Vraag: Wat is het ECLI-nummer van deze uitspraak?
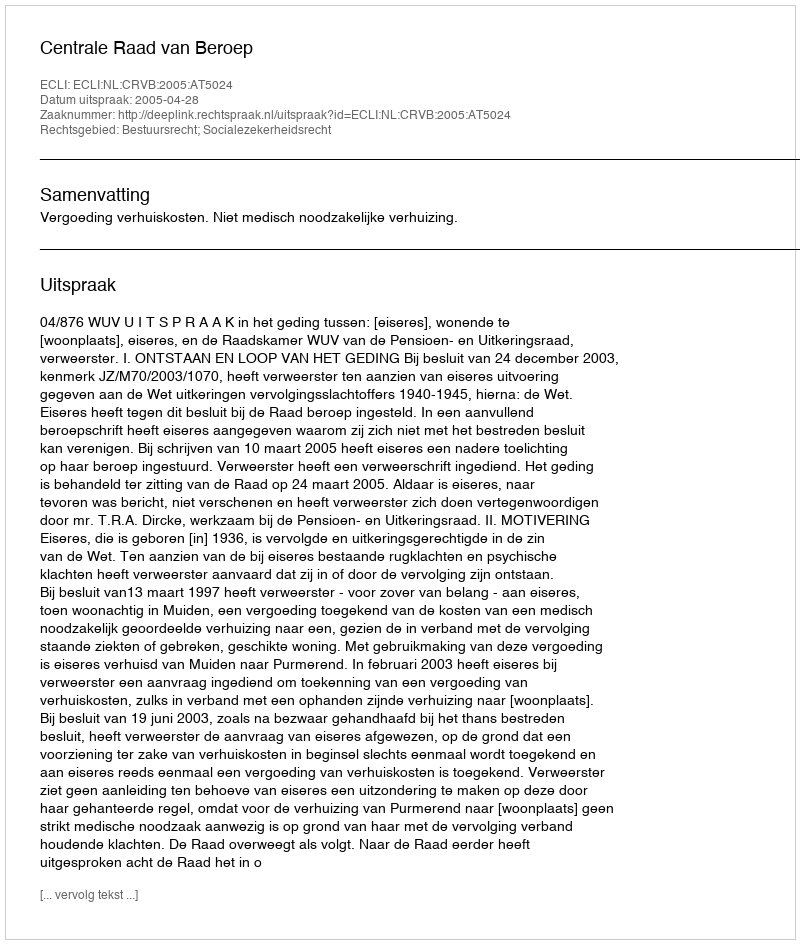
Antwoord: ECLI:NL:CRVB:2005:AT5024